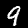
Digit: 9